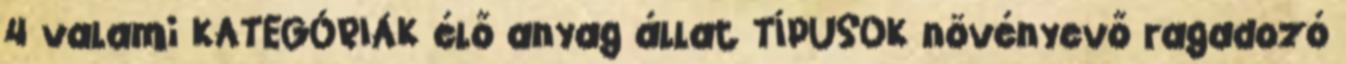
4 valami KATEGÓRIÁK élő anyag állat TÍPUSOK növényevő ragadozó